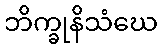
ဘိက္ခုနိသံဃေ